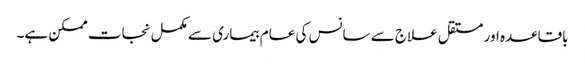
باقاعدہ اور مستقل علاج سے سانس کی عام بیماری سے مکمل نجات ممکن ہے۔